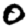
Digit: 0